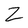
Character: Z